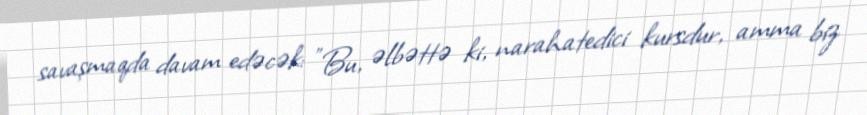
savaşmaqda davam edəcək: "Bu, əlbəttə ki, narahatedici kursdur, amma biz